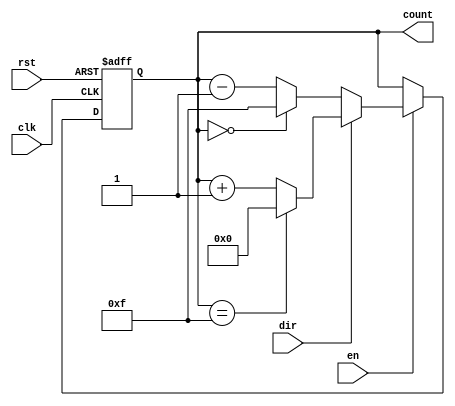
module multi_bit_counter #(
    parameter WIDTH = 4,         // Number of bits in the counter
    parameter MIN_VALUE = 0,     // Minimum count value
    parameter MAX_VALUE = (1 << WIDTH) - 1 // Maximum count value (2^WIDTH - 1)
)(
    input wire clk,              // Clock signal
    input wire rst,              // Reset signal (active high)
    input wire en,               // Enable signal
    input wire dir,              // Direction signal (1 for up, 0 for down)
    output reg [WIDTH-1:0] count // Current count value
);

    // Synchronous reset and counting
    always @(posedge clk or posedge rst) begin
        if (rst) begin
            count <= MIN_VALUE; // Reset to minimum value
        end else if (en) begin
            if (dir) begin
                // Up counting
                if (count == MAX_VALUE) begin
                    count <= MIN_VALUE; // Wrap around to minimum
                end else begin
                    count <= count + 1; // Increment count
                end
            end else begin
                // Down counting
                if (count == MIN_VALUE) begin
                    count <= MAX_VALUE; // Wrap around to maximum
                end else begin
                    count <= count - 1; // Decrement count
                end
            end
        end
    end

endmodule